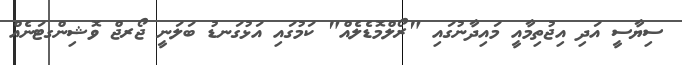
ސިޔާސީ އަދި އިޖުތިމާއީ މައިދާނުގައި "ރޯލްމޮޑެލެއް" ކަމުގައި އަޅުގަނޑު ބަލަނީ ޖޯރޖް ވޮޝިންގޓަނެއް